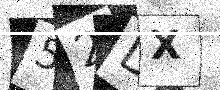
Text: 52DX